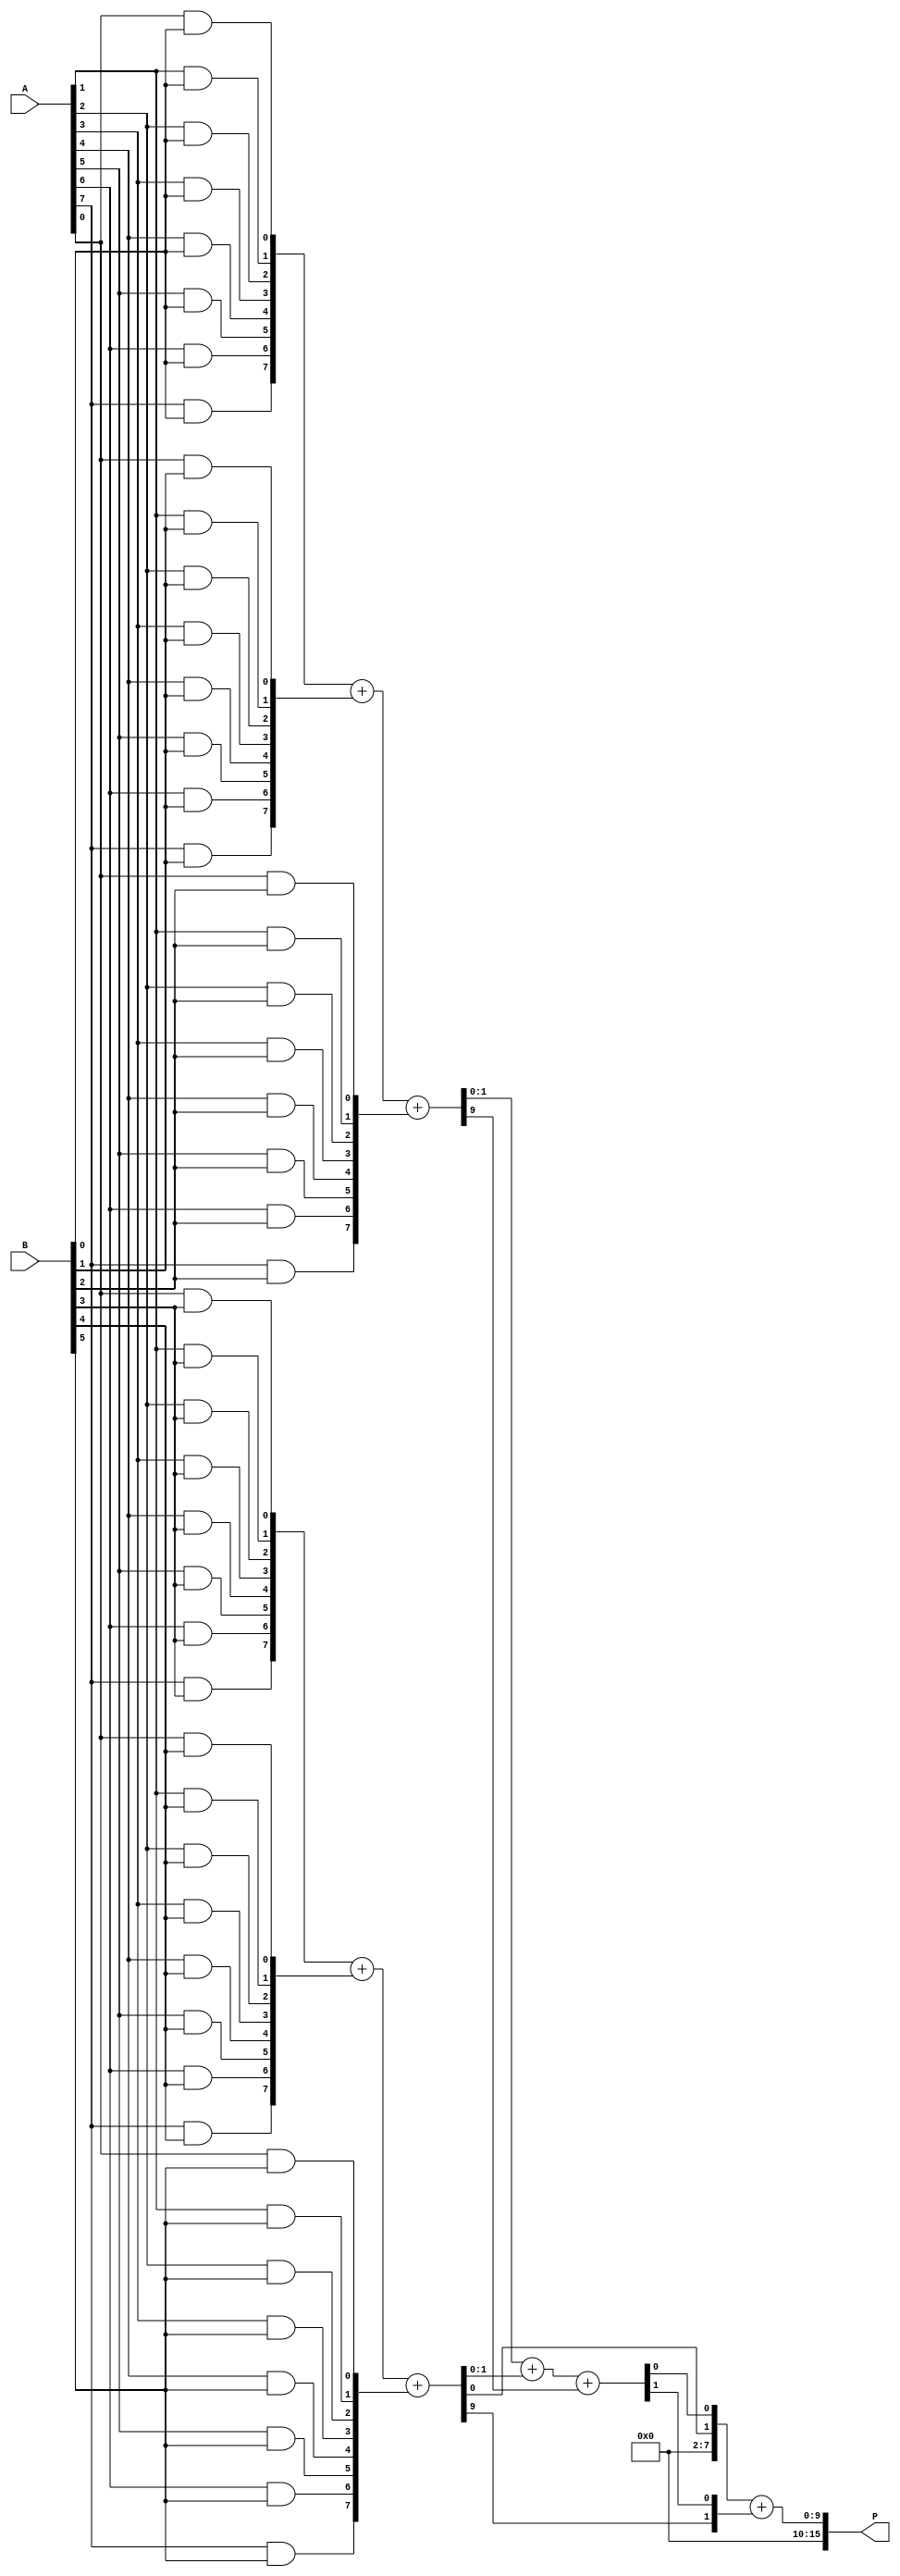
module wallace_tree_multiplier #(parameter N = 8) (
    input [N-1:0] A,
    input [N-1:0] B,
    output [2*N-1:0] P
);
    wire [N-1:0] pp [0:N-1]; // Partial products
    wire [N:0] sum [0:N-1];  // Sums from CSAs
    wire [N:0] carry [0:N-1]; // Carries from CSAs

    // Step 1: Generate Partial Products
    genvar i, j;
    generate
        for (i = 0; i < N; i = i + 1) begin : partial_product_gen
            for (j = 0; j < N; j = j + 1) begin : pp_gen
                assign pp[i][j] = A[j] & B[i];
            end
        end
    endgenerate

    // Step 2: Wallace Tree Reduction using Carry-Save Adders
    // First stage of CSAs
    generate
        for (i = 0; i < N/3; i = i + 1) begin : CSA_stage1
            assign {carry[i], sum[i]} = pp[3*i] + pp[3*i+1] + pp[3*i+2];
        end
        for (i = (N/3)*3; i < N; i = i + 1) begin : CSA_stage1_remainder
            assign sum[i] = pp[i];
            assign carry[i] = 0;
        end
    endgenerate

    // Second stage of CSAs
    wire [N:0] final_sum;
    wire [N:0] final_carry;
    generate
        for (i = 0; i < (N/3 + 1)/2; i = i + 1) begin : CSA_stage2
            assign {final_carry[i], final_sum[i]} = sum[2*i] + sum[2*i+1] + carry[2*i];
        end
        for (i = (N/3 + 1)/2; i < (N/3 + 1); i = i + 1) begin : CSA_stage2_remainder
            assign final_sum[i] = sum[i];
            assign final_carry[i] = carry[i];
        end
    endgenerate

    // Final addition
    assign P = final_sum + final_carry;

endmodule